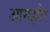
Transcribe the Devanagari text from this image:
आमझौर